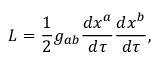
{ \cal L } = \frac 1 2 g _ { a b } \frac { d x ^ { a } } { d \tau } \frac { d x ^ { b } } { d \tau } ,